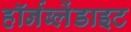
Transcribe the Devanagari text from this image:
हॉर्नब्लेंडाइट